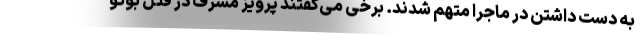
به دست داشتن در ماجرا متهم شدند. برخی می‌گفتند پرویز مشرف در قتل بوتو